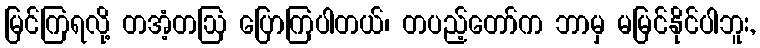
မြင်ကြရလို့ တအံ့တဩ ပြောကြပါတယ်၊ တပည့်တော်က ဘာမှ မမြင်နိုင်ပါဘူး,